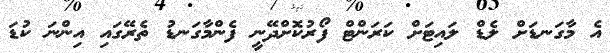
އެ މާގަނޑަށް ލެޑް ލައިޓަށް ކަރަންޓް ފޯރުކޮށްދޭނީ ފެންމާގަނޑު ތެރޭގައި އިންނަ ކުޑަ